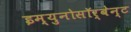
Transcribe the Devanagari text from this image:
इम्युनोसॉर्बेन्ट